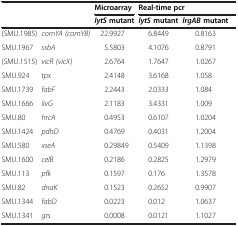
<table><thead><tr><td colspan="2"><b> </b></td><td><b>Microarray</b></td><td colspan="3"><b>Real-time pcr</b></td></tr><tr><td colspan="2"><b> </b></td><td><b><i>lytS </i>mutant</b></td><td><b><i>lytS </i>mutant</b></td><td><b><i>lrgAB </i>mutant</b></td><td><b> </b></td></tr></thead><tbody><tr><td>(SMU.1985)</td><td><i>comYA (comYB)</i></td><td>22.9927</td><td>6.8449</td><td>0.8163</td><td> </td></tr><tr><td>SMU.1967</td><td><i>ssbA</i></td><td>5.5803</td><td>4.1076</td><td>0.8791</td><td> </td></tr><tr><td>(SMU.1515)</td><td><i>vicR (vicX)</i></td><td>2.6764</td><td>1.7647</td><td>1.0267</td><td> </td></tr><tr><td>SMU.924</td><td><i>tpx</i></td><td>2.4148</td><td>3.6168</td><td>1.058</td><td> </td></tr><tr><td>SMU.1739</td><td><i>fabF</i></td><td>2.2443</td><td>2.0333</td><td>1.084</td><td> </td></tr><tr><td>SMU.1666</td><td><i>livG</i></td><td>2.1183</td><td>3.4331</td><td>1.009</td><td> </td></tr><tr><td>SMU.80</td><td><i>hrcA</i></td><td>0.4953</td><td>0.6107</td><td>1.0204</td><td> </td></tr><tr><td>SMU.1424</td><td><i>pdhD</i></td><td>0.4769</td><td>0.4031</td><td>1.2004</td><td> </td></tr><tr><td>SMU.580</td><td><i>xseA</i></td><td>0.29849</td><td>0.5409</td><td>1.1398</td><td> </td></tr><tr><td>SMU.1600</td><td><i>celB</i></td><td>0.2186</td><td>0.2825</td><td>1.2979</td><td> </td></tr><tr><td>SMU.113</td><td><i>pfk</i></td><td>0.1597</td><td>0.176</td><td>1.3578</td><td> </td></tr><tr><td>SMU.82</td><td><i>dnaK</i></td><td>0.1523</td><td>0.2652</td><td>0.9907</td><td> </td></tr><tr><td>SMU.1344</td><td><i>fabD</i></td><td>0.0223</td><td>0.012</td><td>1.0637</td><td> </td></tr><tr><td>SMU.1341</td><td><i>grs</i></td><td>0.0008</td><td>0.0121</td><td>1.1027</td><td> </td></tr></tbody></table>